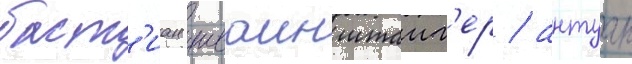
баст'иан шваинштаиг'ер / антуан